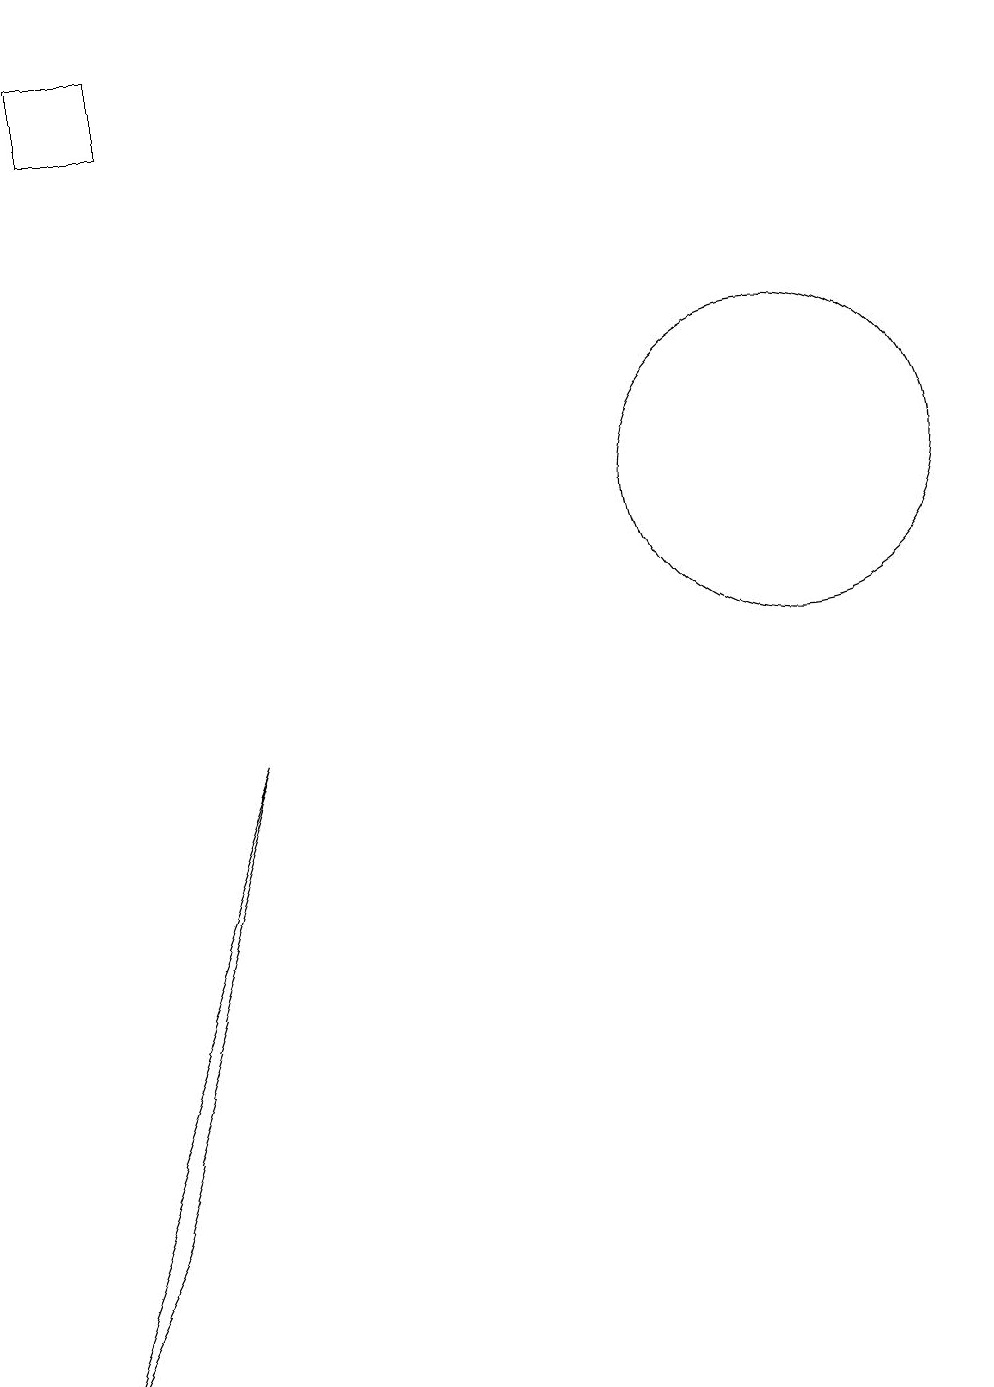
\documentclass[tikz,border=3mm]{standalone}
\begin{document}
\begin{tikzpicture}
\draw (4,17) rectangle (3,18);
\draw (11,12) circle (0);
\draw (12,12) circle (2);
\draw (2,1) -- (5,9) -- (3,3) -- cycle;
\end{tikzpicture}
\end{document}